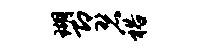
瑚即碧裕